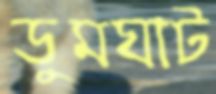
ডুমঘাট